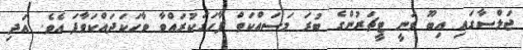
ޖަލްސާގައި އިބޫ ވަނީ ޓީޗަރުންގެ ބުރަ މަސައްކަތް ފާހަގަކުރައްވާ ވާހަކަދައްކަވާފަ އެވެ. އަދި